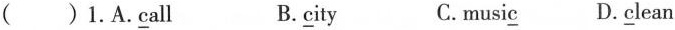
( )1.A.call B. city C.music D.clean